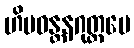
ဟိမဝန္တနဂုတ္တမေ